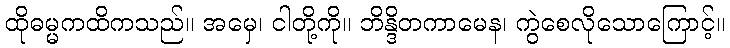
ထိုဓမ္မကထိကသည်။ အမှေ၊ ငါတို့ကို။ ဘိန္ဒိတကာမေန၊ ကွဲစေလိုသောကြောင့်။